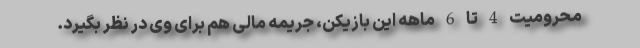
محرومیت 4 تا 6 ماهه این بازیکن، جریمه مالی هم برای وی در نظر بگیرد.